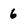
Character: 6